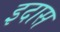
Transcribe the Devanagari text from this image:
इदास